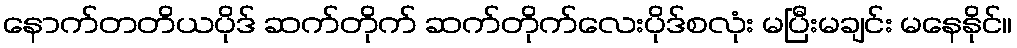
နောက်တတိယပိုဒ် ဆက်တိုက် ဆက်တိုက်လေးပိုဒ်စလုံး မပြီးမချင်း မနေနိုင်။